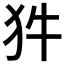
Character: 𭷽